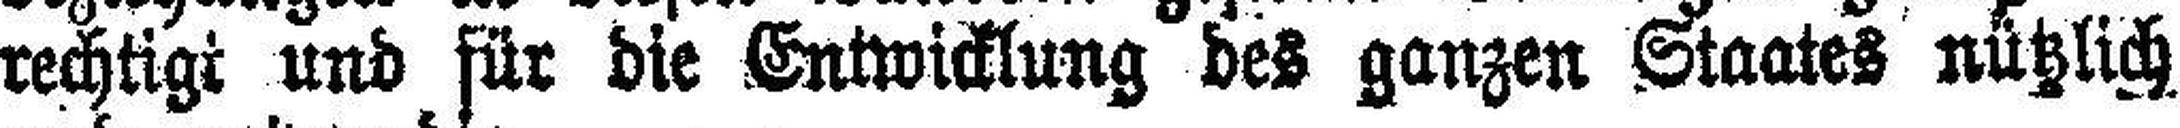
rechtigt und für die Entwicklung der ganzen Staates nützlich